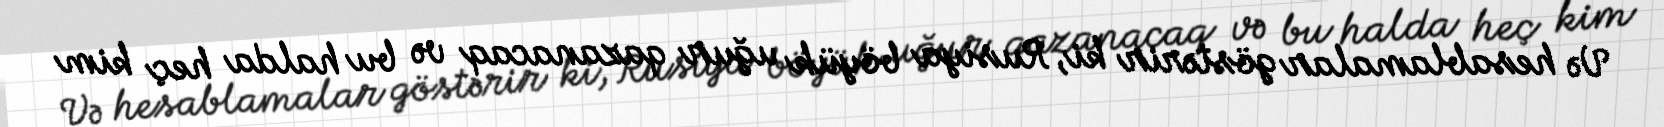
Və hesablamalar göstərir ki, Rusiya böyük uğur qazanacaq və bu halda heç kim